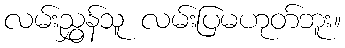
လမ်းညွှန်သူ လမ်းပြမဟုတ်ဘူး။